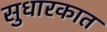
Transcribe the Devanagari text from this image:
सुधारकात